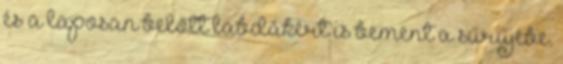
és a laposan belőtt labdákért is bement a sűrűjébe.